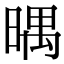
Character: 㬂